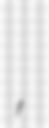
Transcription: الأقصى,